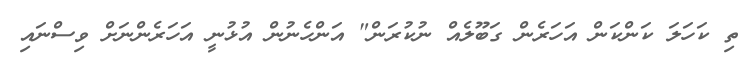
ތި ކަހަލަ ކަންކަން އަހަރެން ގަބޫލެއް ނުކުރަން" އަންހެނުން އުޅުނީ އަހަރެންނަށް ވިސްނައި